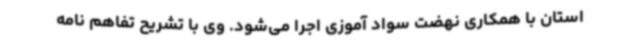
استان با همکاری نهضت سواد آموزی اجرا می‌شود. وی با تشریح تفاهم نامه